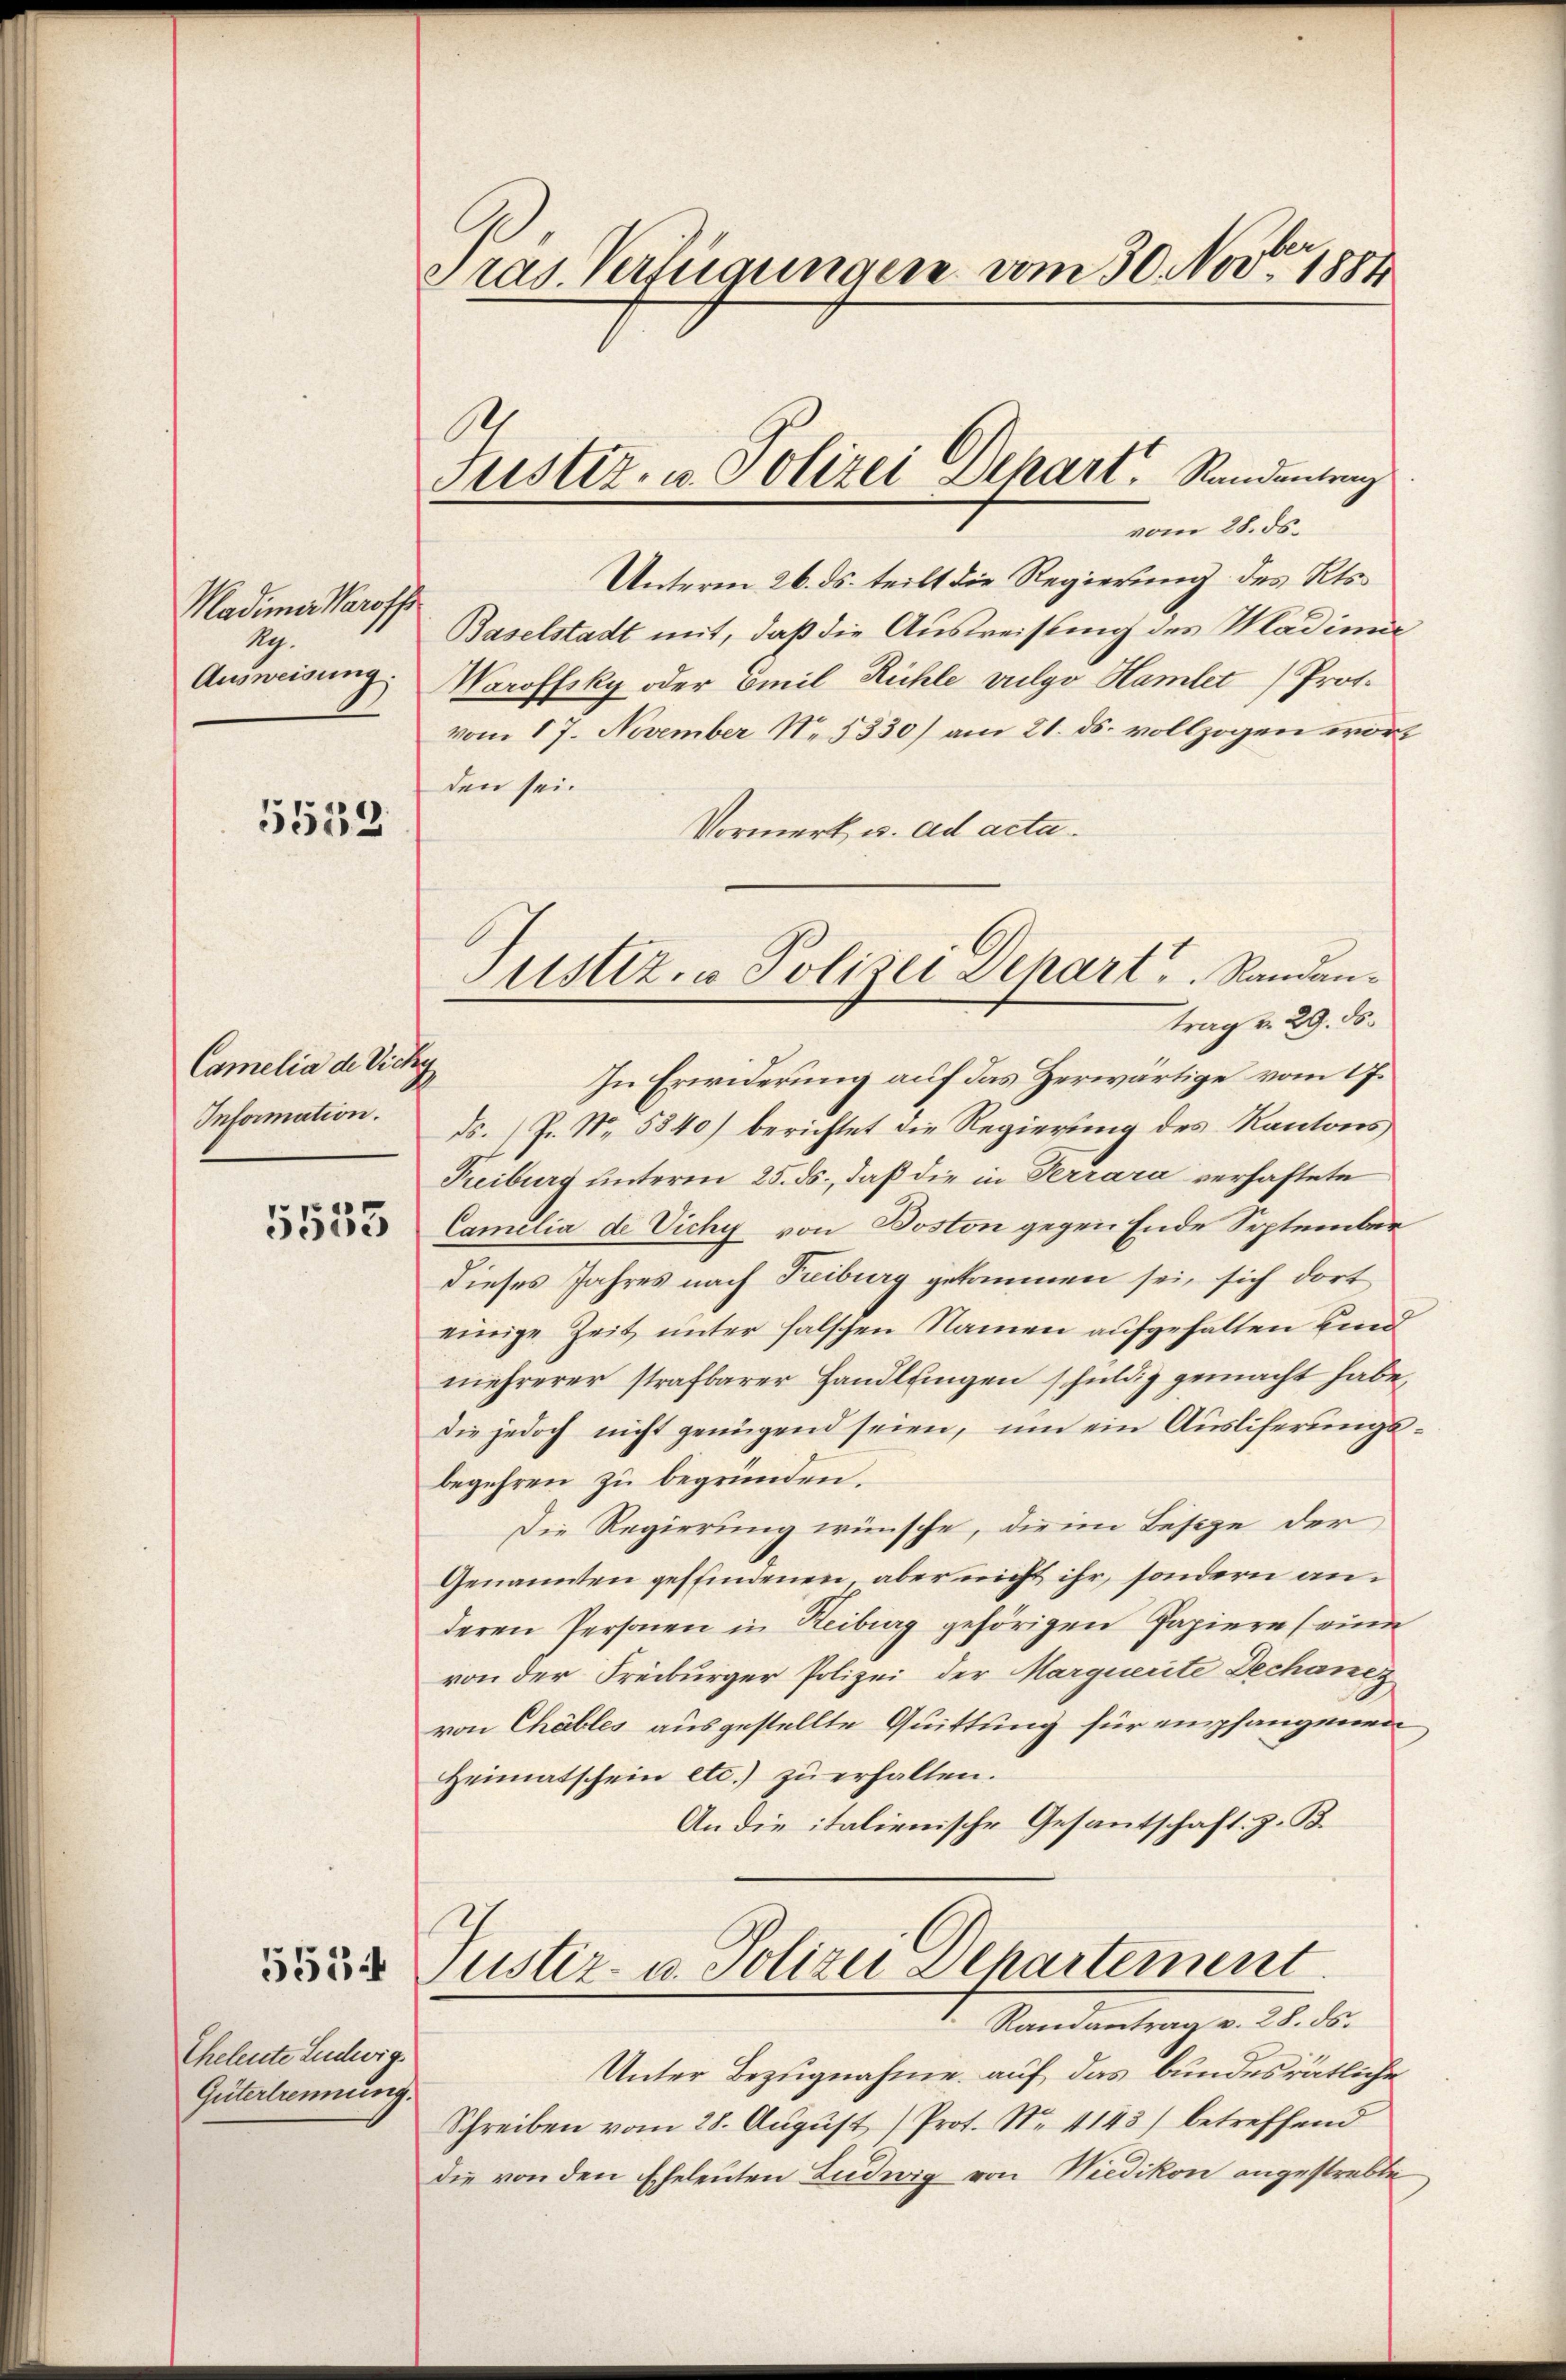
Madima Maroff
Ag.
Ausweisung:

5552.

Camelia de Vicky
Information.

5533

5554

Cheleute Ludwig
Gütertrennung.

Pras. Verfügungen vom 30. Nov. 1884

Unterm 26. ds. teilt die Regierung des Kts.
Baselstadt mit, daß die Ausweisung des Wladimie
Waroffsky oder Emil Rühle vulgo Hamlet) Prot.
vom 17. November No. 5330) am 21. ds. vollzogen worden sei.
Vormerk u. ad actatrag v. 29. ds.
ds. P. Nr. 5840) berichtet die Regierung des Kantons,
Freiburg unterm 25. ds., daß die in Terrara verhaftete
Camilia de Vichy von Boston gegen Ende September
dieses Jahres nach Freiburg gekommen sei, sich dort
einige Zeit unter falschen Namen aufgehalten sind
mehrerer strafbarer Handlungen schuldig gemacht habe,
die jedoch nicht genügend seien, um ein Ausliferungsbegehren zu begründen.
Die Regierung wünsche, die im Besize der
Genannten geffindenen aber nicht ihr, sondern anderen Personen in Reiburg gehörigen Papiere sein
von der Freiburger Polizei der Marquerite Dechanez
von Chables ausgestellte Quittung für empfangenen,
Heimatschein etc. zŭ erhalten.
An die italienische Gesantschaft z. B.

1.
Justiz- u. Polizei Depart, Sandantung
vom 28. ds.

Justiz- u Polizei Depart Randan¬
In Erwiderung auf das Herwärtige vom 17.

E
justiz- u. Polizei Departement
Randantrag v. 28. ds.

Unter Bezugnahme auf das bundesrätliche
Schreiben vom 28. August (Prot. No. 4143) betreffend
die von den Eheleuten Ludwig von Wiedikon angestrebte